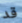
قد